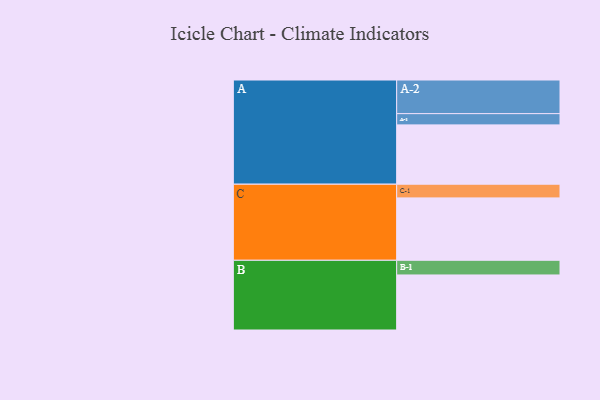
{"axis": {"x": "Segment", "y": "Value"}, "legend": ["", "A", "B", "C"], "data": [{"x": "A", "y": 485, "type": ""}, {"x": "B", "y": 450, "type": ""}, {"x": "C", "y": 510, "type": ""}, {"x": "A-1", "y": 92, "type": "A"}, {"x": "A-2", "y": 275, "type": "A"}, {"x": "B-1", "y": 120, "type": "B"}, {"x": "C-1", "y": 112, "type": "C"}]}